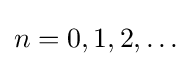
n=0,1,2,\ldots